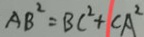
A B ^ { 2 } = B C ^ { 2 } + C A ^ { 2 }